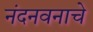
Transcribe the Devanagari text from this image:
नंदनवनाचे